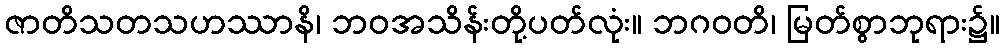
ဇာတိသတသဟဿာနိ၊ ဘဝအသိန်းတို့ပတ်လုံး။ ဘဂဝတိ၊ မြတ်စွာဘုရား၌။